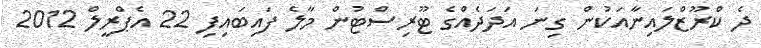
ދެ ކްރޫޒްލައިނާއަކުން ގިނަ އަދަދެއްގެ ޓޫރިސްޓުން މާލެ ފައިބައިފި 22 އެޕްރީލް 2012